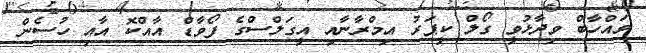
ވައްހާބް ވިދާޅުވީ ގޯލް ކީޕަރު އިމްރާނާއި އީގަލްސްގެ ފޯވާޑް އާއްކޮ އާއި ހުސެން